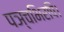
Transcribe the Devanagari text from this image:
पञ्चभिरपि।